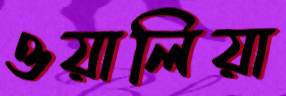
ওয়ালিয়া